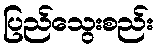
ပြည်သွေးစည်း